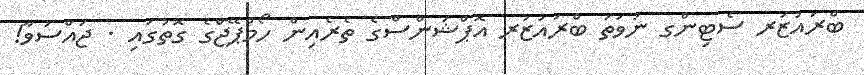
ބްރައުޒަރ ސެޓިންގ ނުވަތަ ބްރައުޒަރ އޮޕްޝަންސްގެ ތެރެއިން ހޯމްޕޭޖްގެ ގޮތުގައި . ޖައްސަވާ!